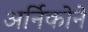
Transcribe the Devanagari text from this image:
अर्निकोने